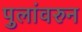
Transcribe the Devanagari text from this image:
पुलांवरुन